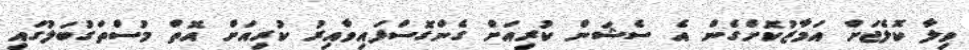
ވިލާ ކޮލެޖަށް އަމާޒުކޮށްގެން އެ ސެޝަން ކުރިއަށް ގެންގޮސްފައިވާއިރު ކުރިއަށް އޮތް މުސްތަގުބަލުގައި